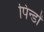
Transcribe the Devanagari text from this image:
पिन्डों